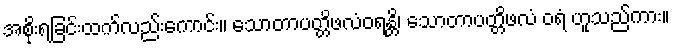
အစိုးရခြင်းထက်လည်းကောင်း။ သောတာပတ္တိဖလံဝရန္တိ၊ သောတာပတ္တိဖလံ ဝရံ ဟူသည်ကား။